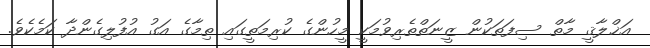
އަޚްލާޤީ މާތް ސިފަތަކުން ޒީނަތްތެރިވުމަކީ މީހުންގެ ކުރިމަތީގައި ތިމާގެ އަގު އުފުލިގެންދާ ކަމެކެވެ.